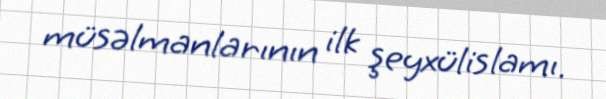
müsəlmanlarının ilk şeyxülislamı.